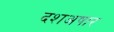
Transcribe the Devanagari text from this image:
दशअषार